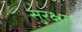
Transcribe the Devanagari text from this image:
सुरक्ष्रा